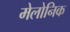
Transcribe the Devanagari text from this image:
मेलोनिक